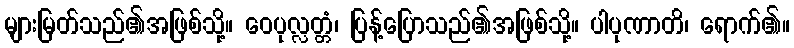
များမြတ်သည်၏အဖြစ်သို့။ ဝေပုလ္လတ္တံ၊ ပြန့်ပြောသည်၏အဖြစ်သို့။ ပါပုဏာတိ၊ ရောက်၏။